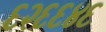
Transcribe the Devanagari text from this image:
६२६६४६